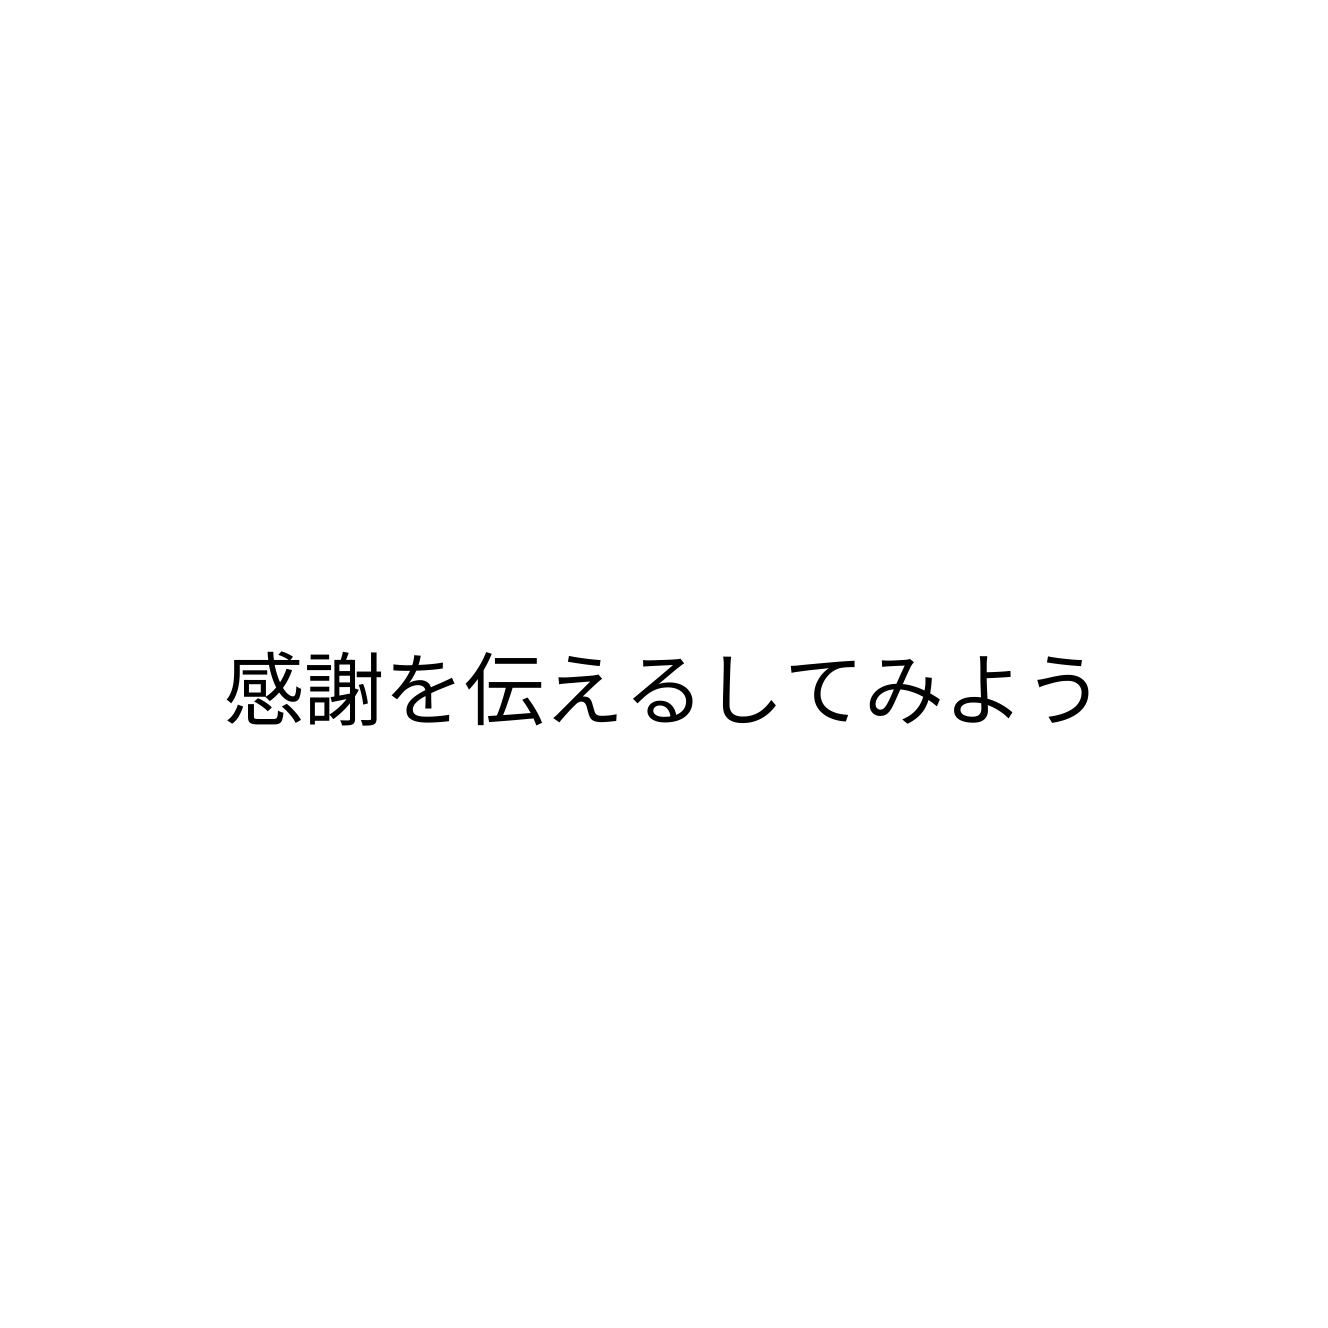
感謝を伝えるしてみよう